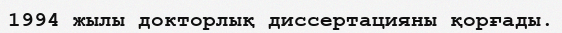
1994 жылы докторлық диссертацияны қорғады.